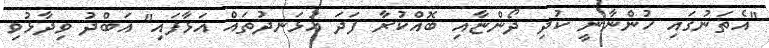
"އެތަނުގައި ހުންނާނީ ކުދި ދޯންޏާއި ބޮއްކުރާ ފަދަ އުޅަނދުތައް އަޅާފައި" އަބްދު ވިދާޅުވި